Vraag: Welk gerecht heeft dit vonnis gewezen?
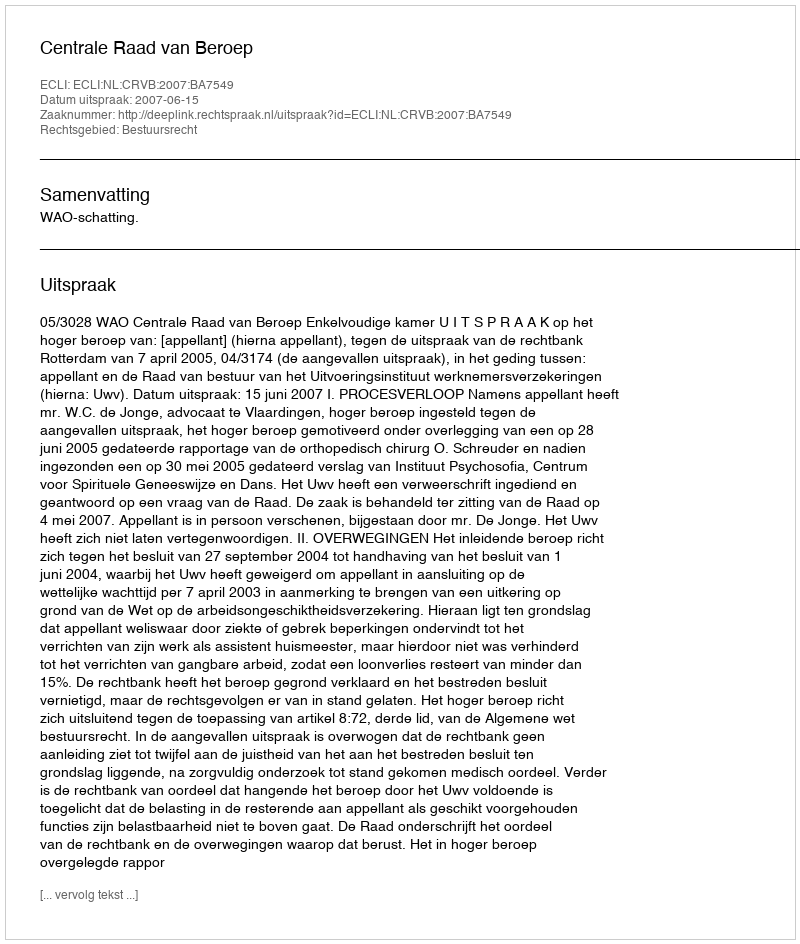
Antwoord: Centrale Raad van Beroep